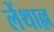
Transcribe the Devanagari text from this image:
लेंथाल्ल